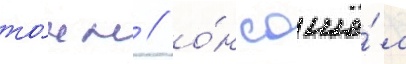
то́нн / о́н сошё́л